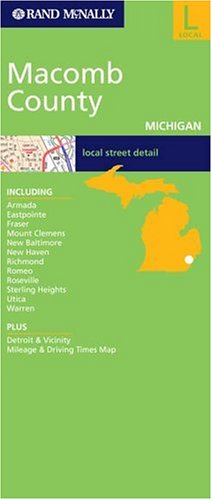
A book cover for Macomb County (Rand McNally City Maps); Navigation Technologies Corporation; Travel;